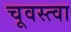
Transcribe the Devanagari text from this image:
चूवस्त्वा